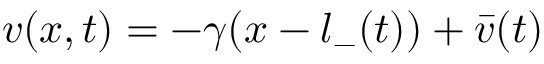
v ( x , t ) = - \gamma ( x - l _ { - } ( t ) ) + \bar { v } ( t )